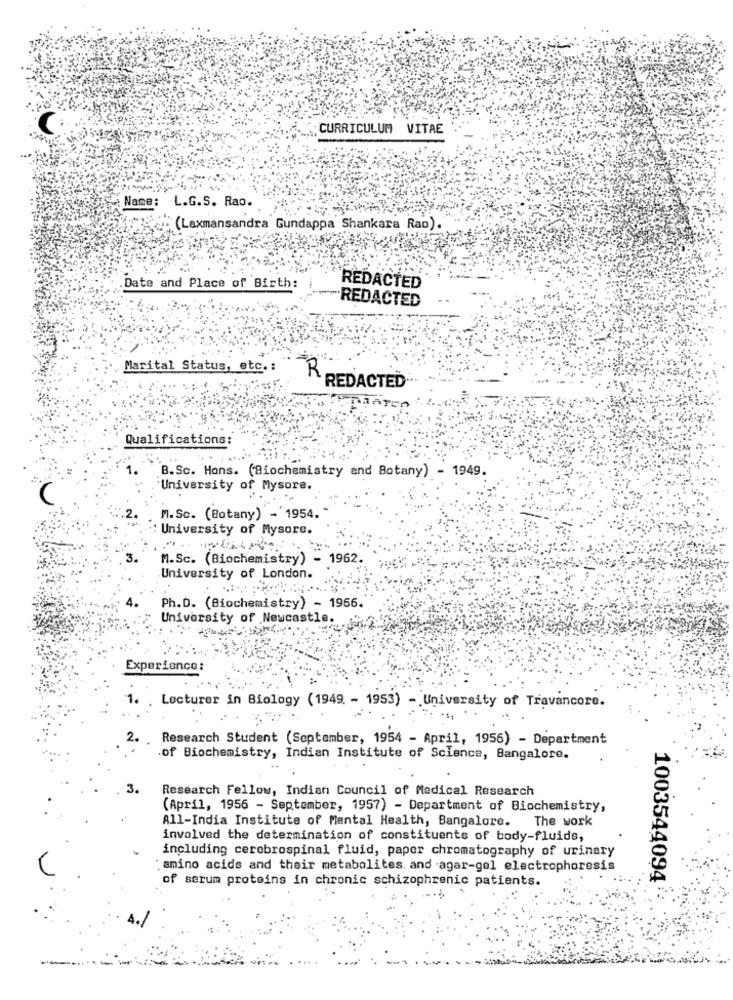
CURRICULUM VITAE
Name: L.G.S. Rao.
(Laxmansandra Gundappa Shankara Rao).
Date and Place of Birth:
REDACTED
REDACTED
Marital Status, etc .:
R
REDACTED
Qualifications:
1.
B.Sc. Hons. (Biochemistry and Botany) - 1949.
University of Mysore.
M.Sc. (Botany) - 1954.
: University of Mysore.
M.Sc. (Biochemistry) - 1962.
University of London.
Ph.D. (Biochemistry) - 1956.
University of Newcastle.
Experience:
Lecturer in Biology ( 1949. - 1953) - University of Travancore.
Research Student (September, 1954 - April, 1956) - Department
of Biochemistry, Indian Institute of Science, Bangalore.
3.
Research Fellow, Indian Council of Medical Research
(April, 1956 - September, 1957) - Department of Biochemistry,
All-India Institute of Mental Health, Bangalore. The work
involved the determination of constituents of body-fluids,
including cerebrospinal fluid, paper chromatography of urinary
: amino acids and their metabolites. and agar-gol electrophoresis
of serum proteins in chronic schizophrenic patients.
1003544094
---